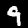
Digit: 9